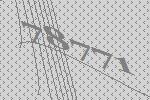
78771